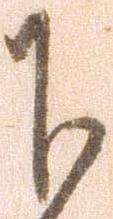
下